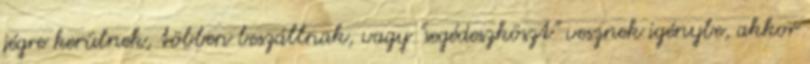
jégre kerülnek, többen beszállnak, vagy "segédeszköszt" vesznek igénybe, akkor